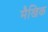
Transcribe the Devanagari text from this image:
मैखिक